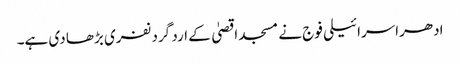
ادھراسرائیلی فوج نے مسجد اقصیٰ کے ارد گرد نفری بڑھا دی ہے۔